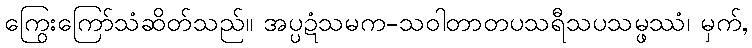
ကြွေးကြော်သံဆိတ်သည်။ အပ္ပဍံသမက-သဝါတာတပသရီသပသမ္ဖဿံ၊ မှက်,